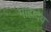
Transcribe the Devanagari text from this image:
माहादेव